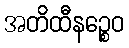
အတိထီနဉ္စေဝ